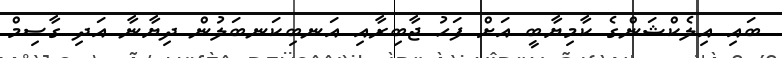
ބައި އިލެކްޝަންގެ ކާމިޔާބީ އަށް ފަހު ޖާބިރާއި އަނބިކަނބަލުން ދިޔާނާ އަދި ގާސިމް